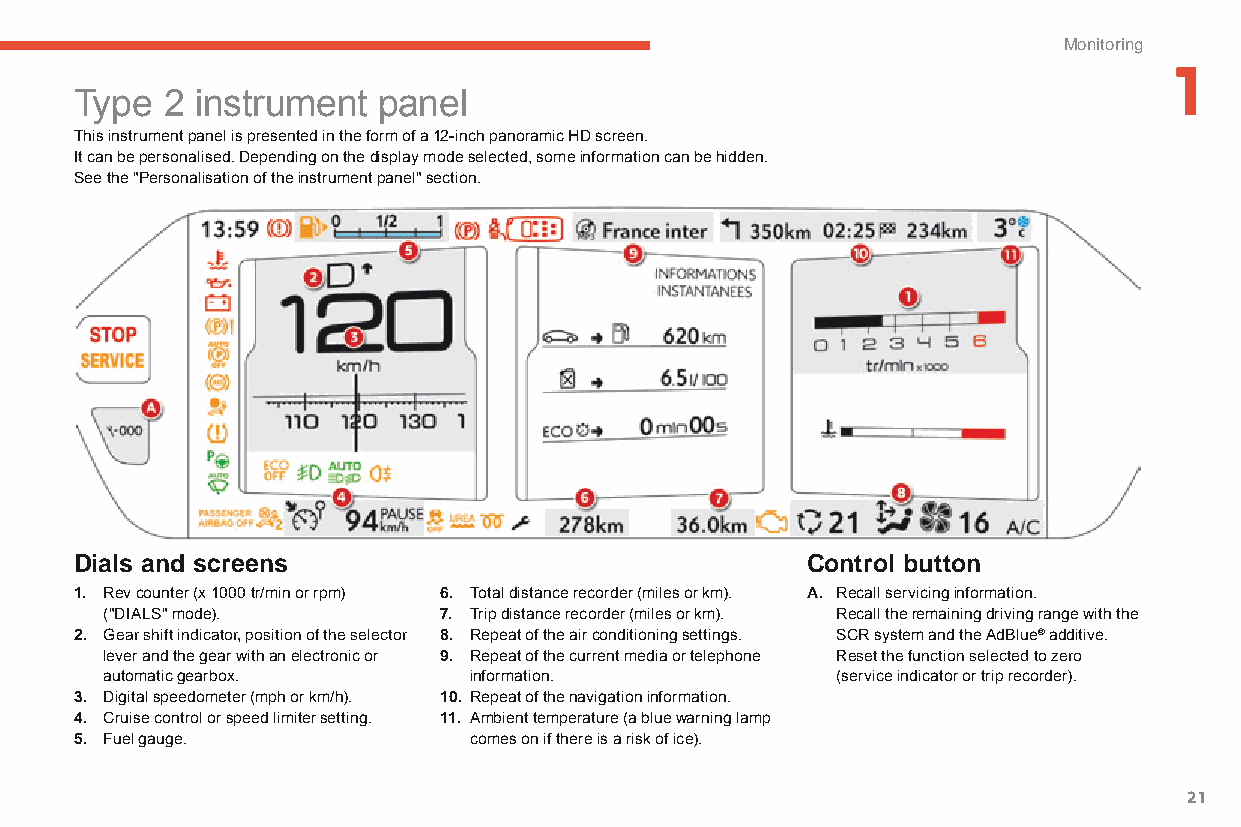
Monitoring
 1
 Type  2 instrument  panel
 This instrument panel is presented in the form of a 12-inch panoramic HD screen.
 It can be personalised. Depending on the display mode selected, some information can be hidden.
 See the "Personalisation of the instrument panel" section.
 Dials and screens                               Control button
 1. Rev counter (x 1000 tr/min or rpm) 6. Total distance recorder (miles or km). A. Recall servicing information.
 ("DIALS" mode).       7. Trip distance recorder (miles or km). Recall the remaining driving range with the
 2. Gear shift indicator, position of the selector 8. Repeat of the air conditioning settings. SCR system and the AdBlue® additive.
 lever and the gear with an electronic or 9. Repeat of the current media or telephone Reset the function selected to zero
 automatic gearbox.      information.            (service indicator or trip recorder).
 3. Digital speedometer (mph or km/h). 10. Repeat of the navigation information.
 4. Cruise control or speed limiter setting. 11. Ambient temperature (a blue warning lamp
 5. Fuel gauge.            comes on if there is a risk of ice).
 21
 C4-Picasso-II_en_Chap01_controle-de-marche_ed01-2015